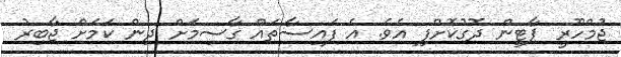
ޖުމްހޫރީ ޕާޓީން ދޮގުކޮށްފި އެވެ. އެ ފައިސާތައް ގާސިމަށް ދިން ކަމަށް ޖާބިރު